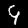
Digit: 9